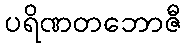
ပရိဏတဘောဇီ